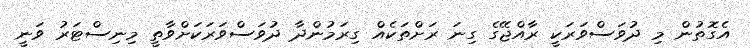
އެގޮތުން މި ދުވަސްވަރަކީ ރާއްޖޭގެ ގިނަ ރަށްތަކެއް ގިރަމުންދާ ދުވަސްވަރަކަށްވާތީ މިނިސްޓަރު ވަނީ